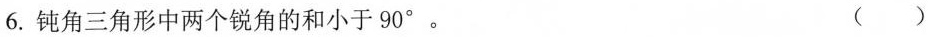
6.钝角三角形中两个锐角的和小于90°。（）